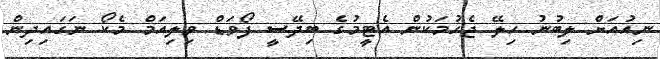
ނިއުއަށް ލިބުނު ހިލޭ ޖެހުމަކުން އެޓީމުގެ ބިދޭސީ ފޯވަޑް ވިލިއަމް މެކޯ ނަގައިދިން